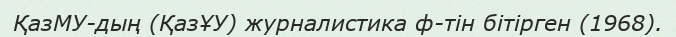
ҚазМУ-дың (ҚазҰУ) журналистика ф-тін бітірген (1968).